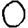
Digit: 0